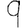
Digit: 9